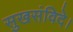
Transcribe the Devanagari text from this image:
सुखसंविदे।